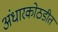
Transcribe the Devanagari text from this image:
अंधारकोठडीत